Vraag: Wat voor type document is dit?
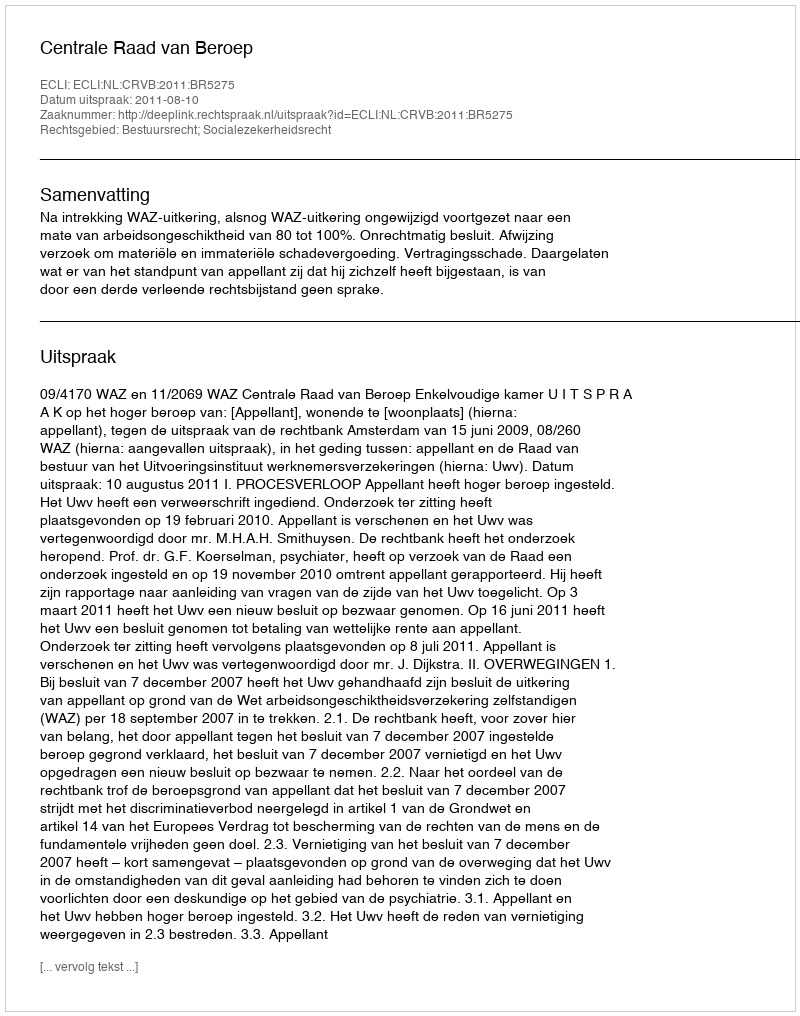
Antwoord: Uitspraak